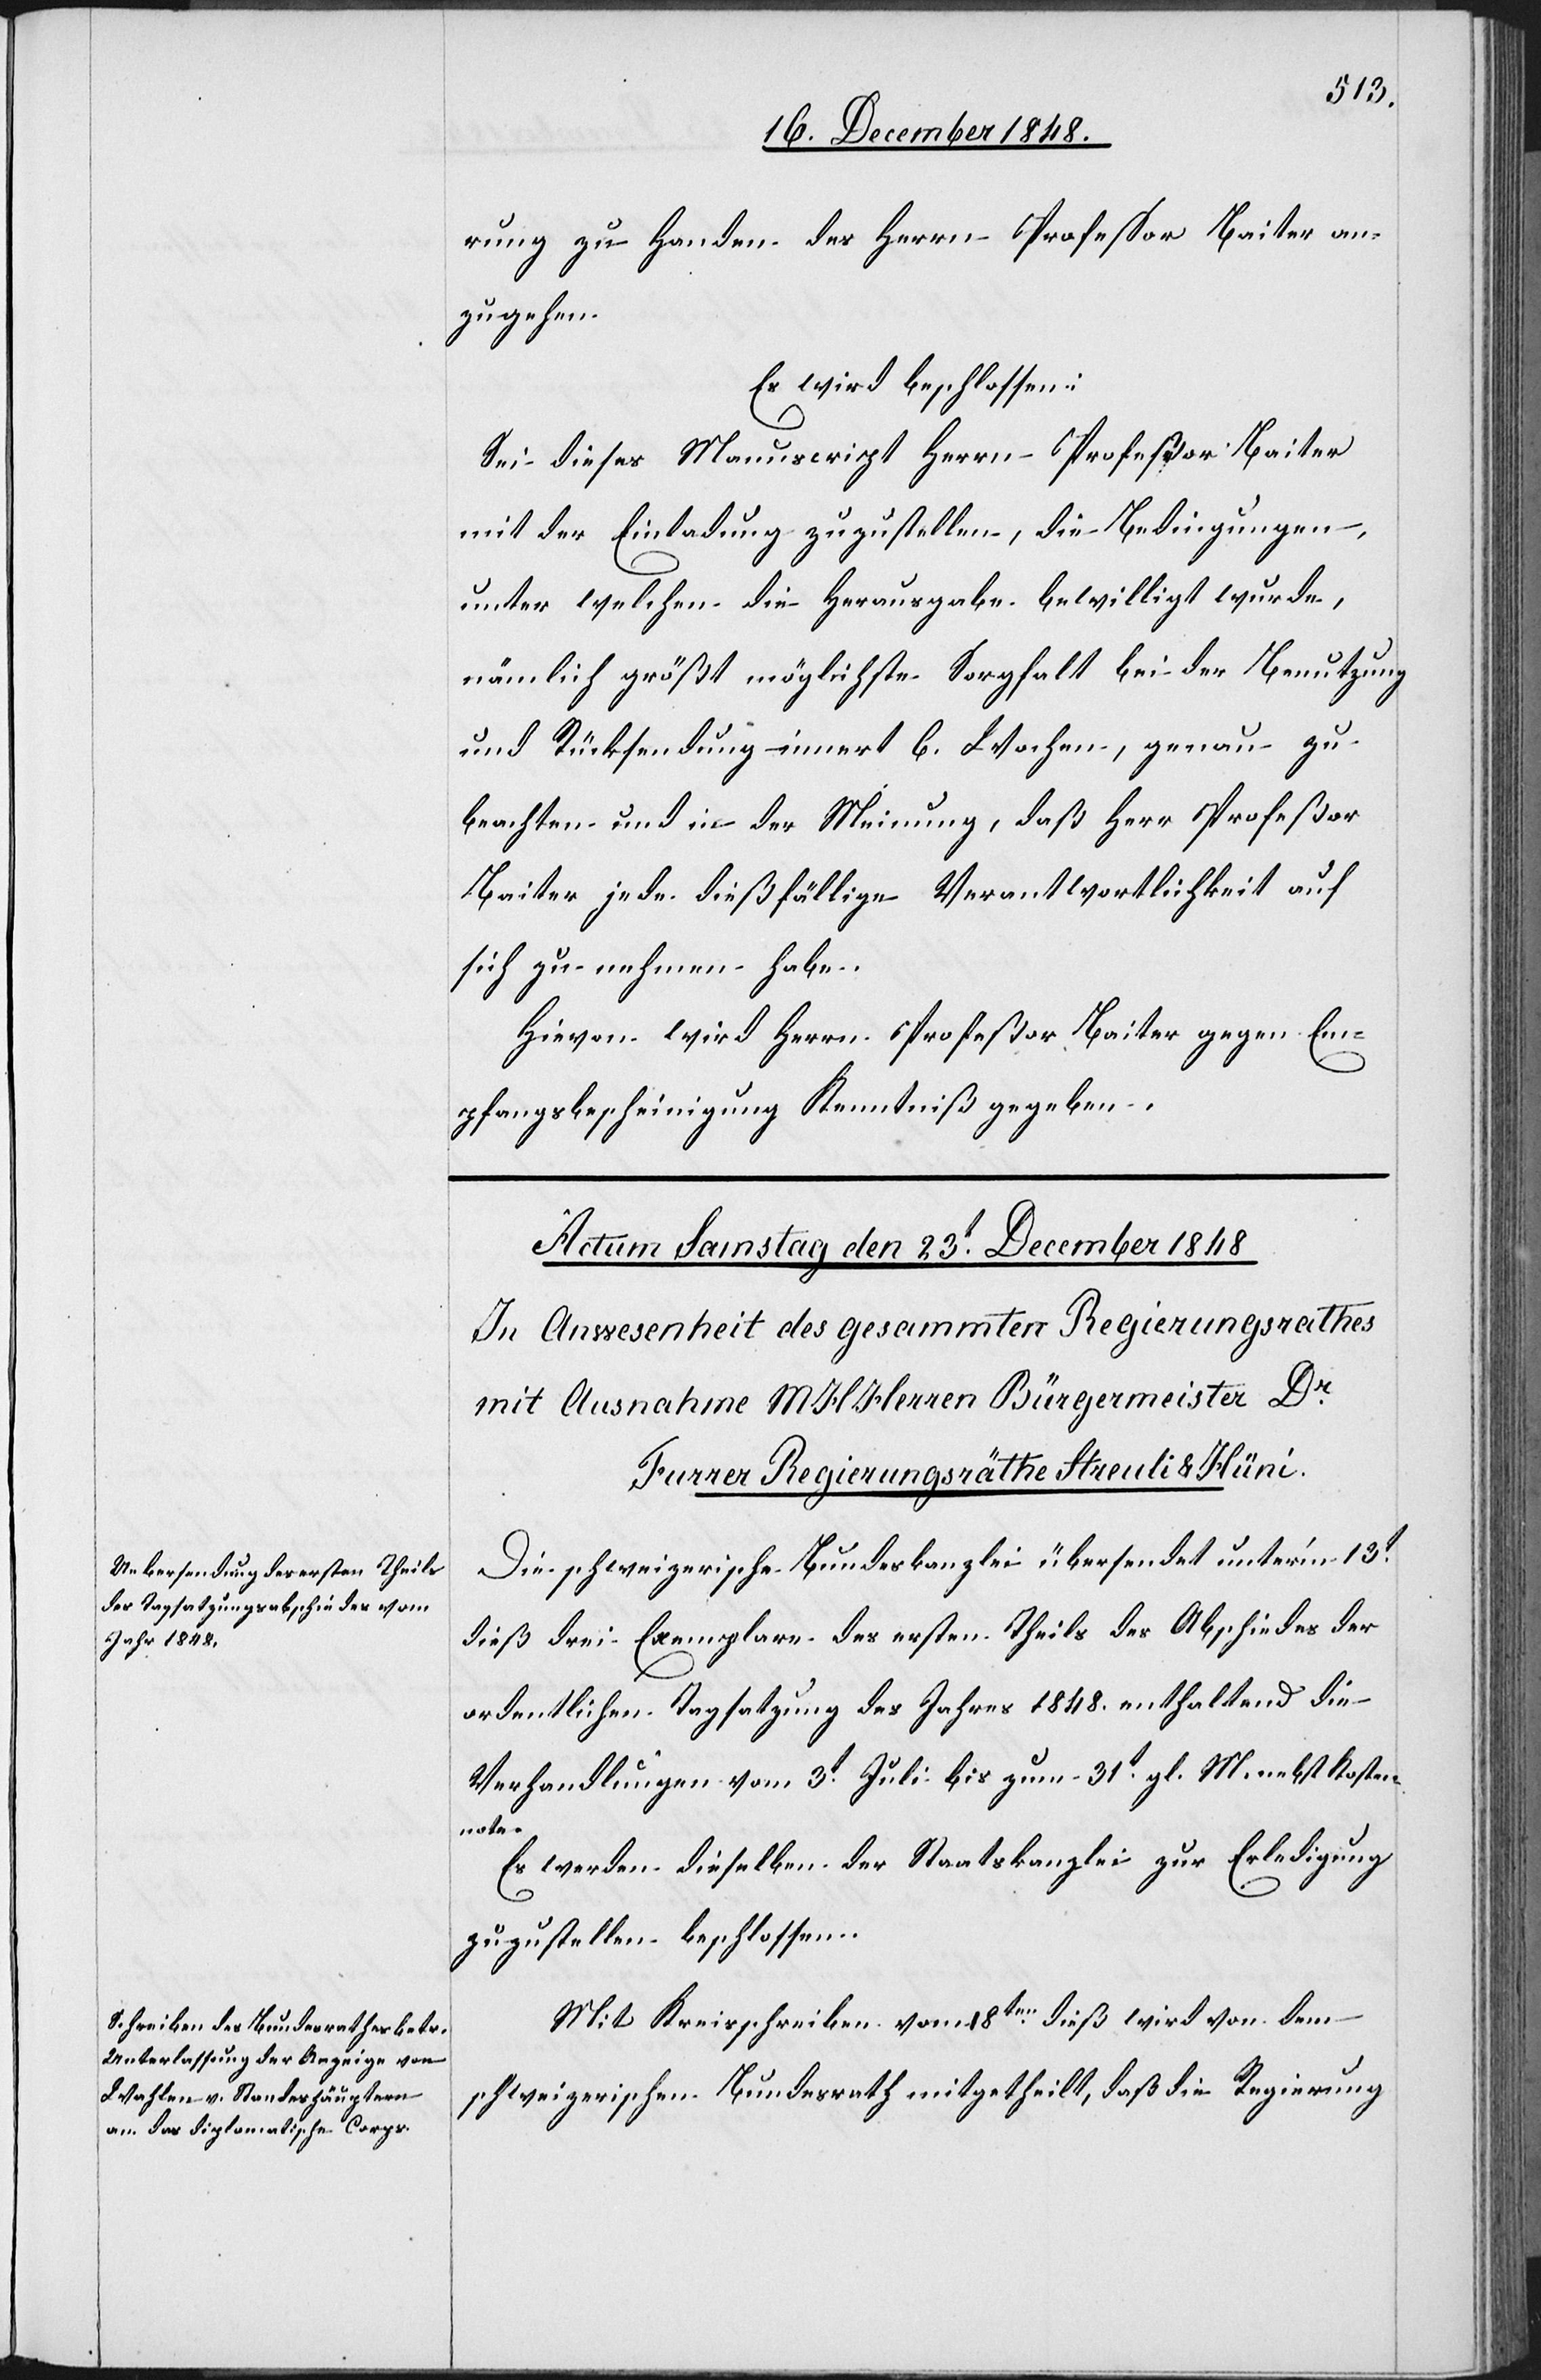
rung zu Handen des Herrn Professor Baiter an¬
zugehen.
Es wird beschlossen:
Sei dieses Manuscript Herrn Profeßor Baiter
mit der Einladung zuzustellen, die Bedingungen,
unter welchen die Herausgabe bewilligt wurde,
nämlich größt möglichste Sorgfalt bei der Benutzung
und Rücksendung innert 6. Wochen, genau zu
beachten und in der Meinung, daß Herr Profeßor
Baiter jede dießfällige Verantwortlichkeit auf
sich zu nehmen habe.
Hievon wird Herrn Profeßor Baiter gegen Em¬
pfangsbescheinigung Kenntniß gegeben.
Die schweizerische Bundeskanzlei übersendet unter’m 13t
dieß drei Exemplare des ersten Theils des Abschiedes der
ordentlichen Tagsatzung des Jahres 1848. enthaltend die
Verhandlungen vom 3t Juli bis zum 31t gl. M. nebst Kosten¬
note.
Es werden dieselben der Staatskanzlei zur Erledigung
zuzustellen beschlossen.
Mit Kreisschreiben vom 18ten dieß wird von dem
schweizerischen Bundesrath mitgetheilt, daß die Regierung